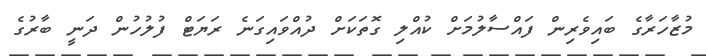
މުޒާހަރާގެ ބައިވެރިން ފައްސާލުމަށް ކުއްލި ގޮތަކަށް ދުއްވައިގަނެ ރަޔަޓް ފުލުހުން ދަނީ ބާރުގެ